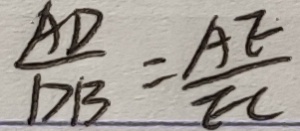
\frac { A D } { D B } = \frac { A E } { E C }